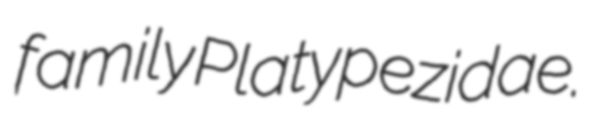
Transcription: family Platypezidae.